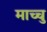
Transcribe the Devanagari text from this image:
माच्चु